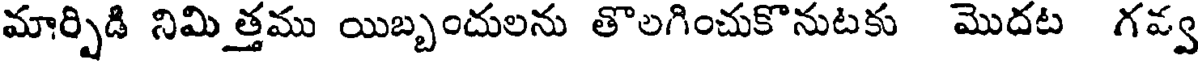
మార్పిడి నిమిత్తము యిబ్బందులను తొలగించుకొనుటకు మొదట గవ్వ